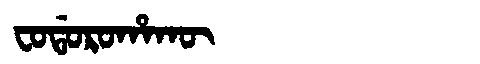
Manchu: ᠸᠣᡩᠣᡵᠣᡥᠠᡴᡡ
Romanization: FODOROHAKŪ